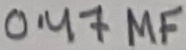
Text: 0.47µF